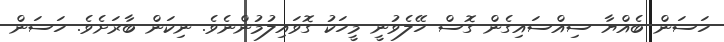
ހަސަން ބެއްޔާ ސިއްސައިގެން ގޮސް ހޭލެވުނީ މީހަކު ގޮވައިލުމުންނެވެ. ނިކަން ބާރަށެވެ. ހަސަން